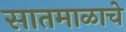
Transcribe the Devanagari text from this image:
सातमाळाचे